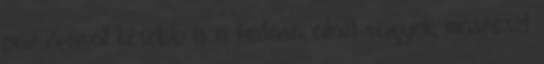
pár órával később is a hatása alatt vagyok, másrészt